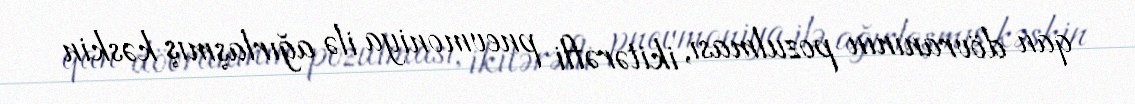
qan dövranının pozulması, ikitərəfli pnevmoniya ilə ağırlaşmış kəskin